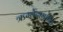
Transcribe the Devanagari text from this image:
ऋग्वेदामधील